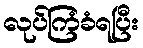
လုပ်ကြံခံရပြီး